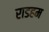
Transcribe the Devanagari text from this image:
राडहम